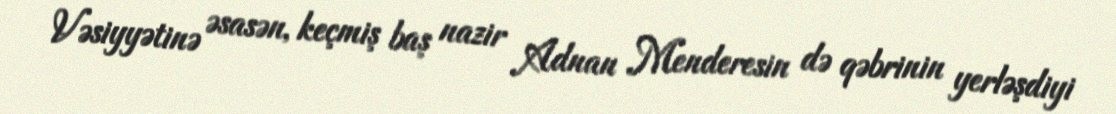
Vəsiyyətinə əsasən, keçmiş baş nazir Adnan Menderesin də qəbrinin yerləşdiyi